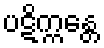
ပဋိက္ကန္တေ